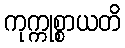
ကုက္ကုစ္စာယတိ